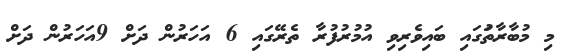
މި މުބާރާތުަގައި ބައިވެރިވި އުމުރުފުރާ ތެރޭގައި 6 އަހަރުން ދަށް 9އަހަރުން ދަށް